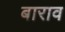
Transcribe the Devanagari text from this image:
बाराव